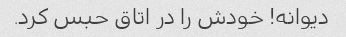
دیوانه! خودش را در اتاق حبس کرد.